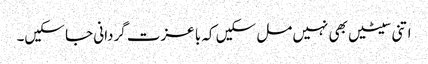
اتنی سیٹیں بھی نہیں مل سکیں کہ با عزت گردانی جا سکیں۔